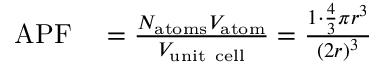
\begin{array} { r l } { \mathrm { A P F } } & { { } = { \frac { N _ { \mathrm { a t o m s } } V _ { \mathrm { a t o m } } } { V _ { \mathrm { u n i t ~ c e l l } } } } = { \frac { 1 \cdot { \frac { 4 } { 3 } } \pi r ^ { 3 } } { \left( 2 r \right) ^ { 3 } } } } \end{array}